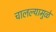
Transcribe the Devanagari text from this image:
चालल्यामुळे